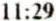
11:29